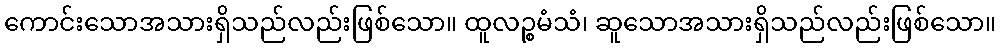
ကောင်းသောအသားရှိသည်လည်းဖြစ်သော။ ထူလဉ္စမံသံ၊ ဆူသောအသားရှိသည်လည်းဖြစ်သော။